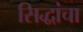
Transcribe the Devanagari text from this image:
सिद्धांचा